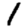
Digit: 1